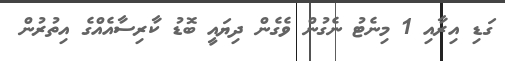
ގަޑި އިރާއި 1 މިނެޓު ނެގުން ވެގެން ދިޔައީ ބޮޑު ކާރިސާއެއްގެ އިތުރުން